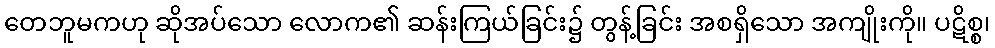
တေဘူမကဟု ဆိုအပ်သော လောက၏ ဆန်းကြယ်ခြင်း၌ တွန့်ခြင်း အစရှိသော အကျိုးကို။ ပဋိစ္စ၊